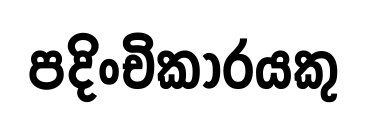
පදිංචිකාරයකු